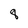
Character: 8